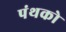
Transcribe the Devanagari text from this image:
पंथको